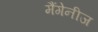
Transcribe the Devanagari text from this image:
मैंगेनीज